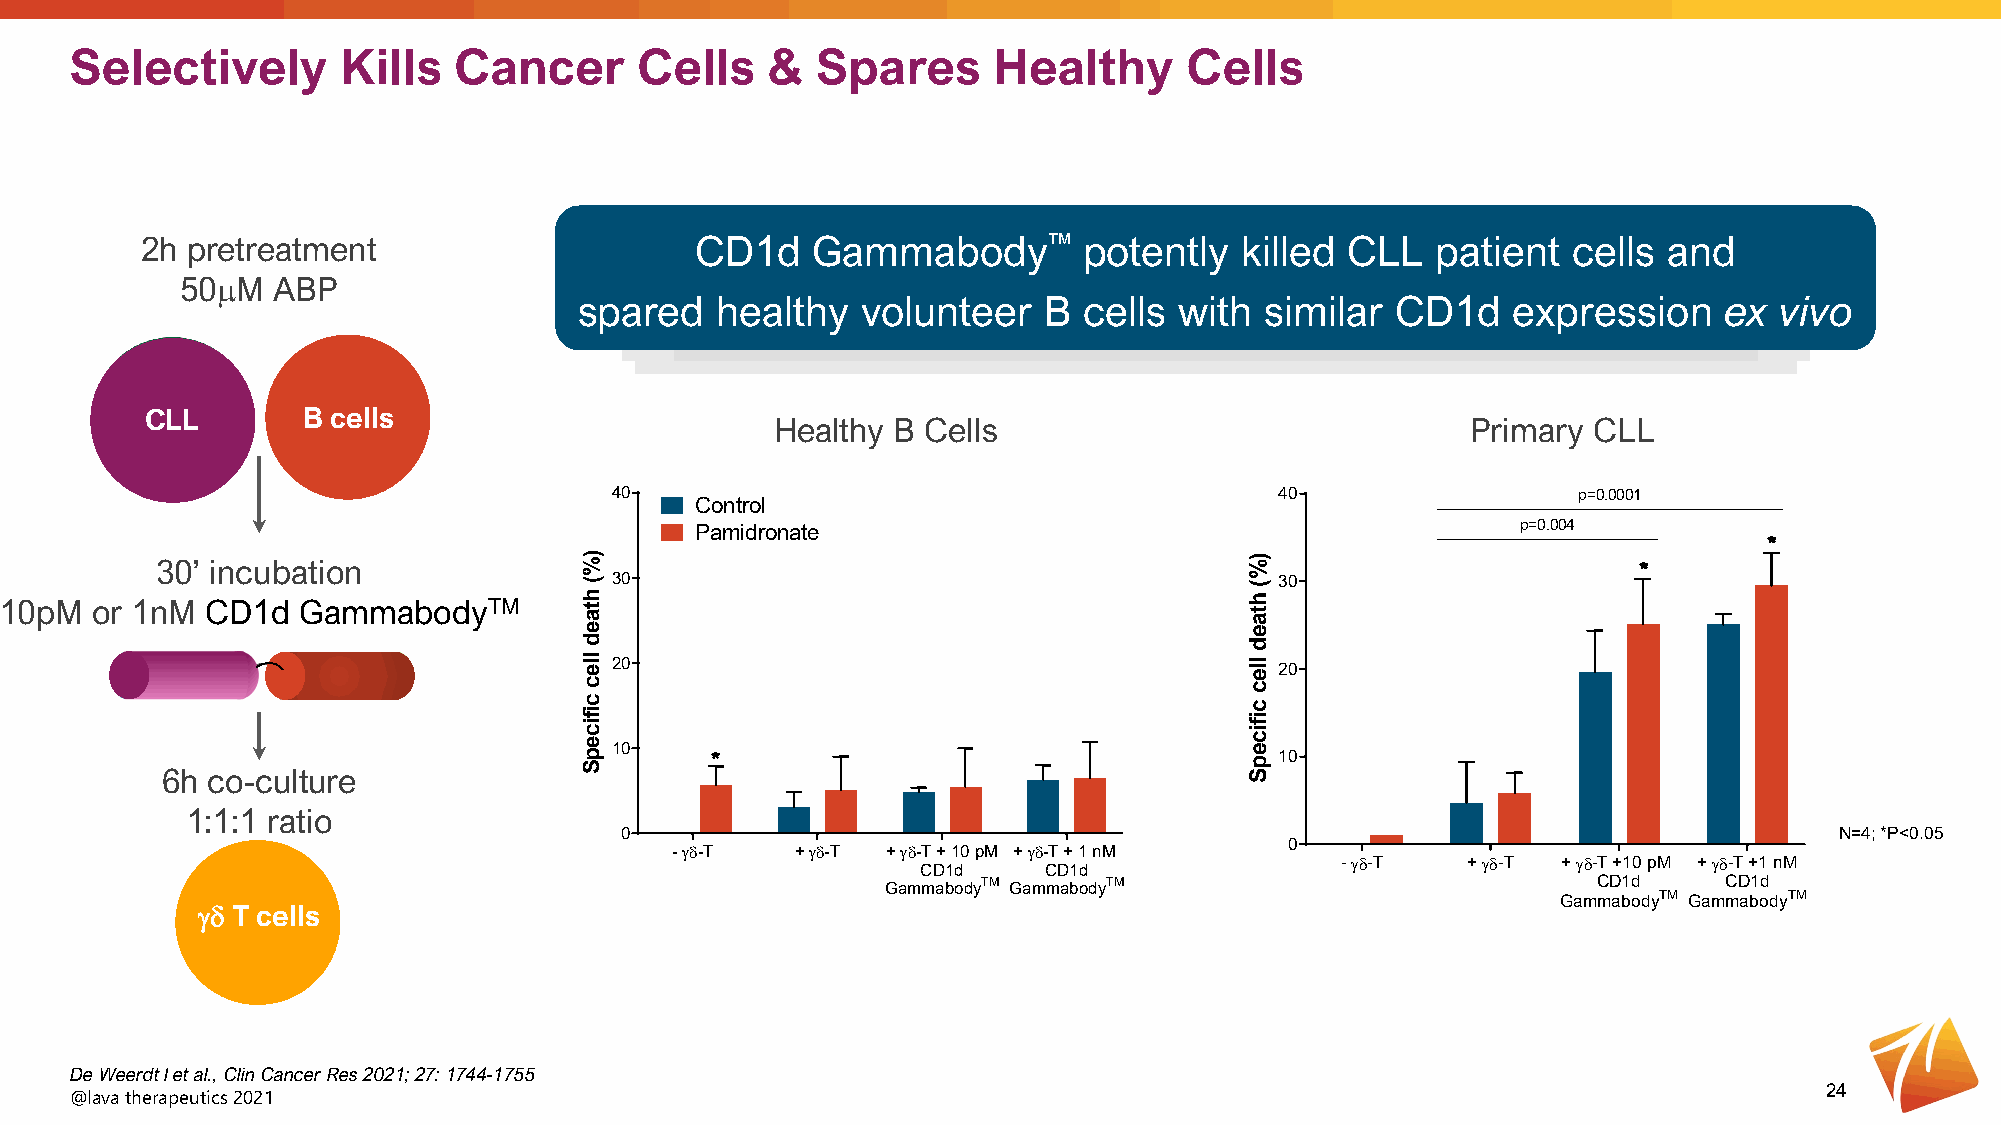
Selectively       Kills  Cancer      Cells    &  Spares      Healthy      Cells
 2h pretreatment                      CD1d    Gammabody™        potently  killed CLL   patient  cells and
 50µM  ABP
 spared   healthy   volunteer   B  cells with  similar CD1d    expression    ex  vivo
 CLL       B cells
 Healthy B Cells                               Primary CLL
 40                                           40                 p=0.0001
 Control
 Pamidronate                                            p=0.004
 30’ incubation
 30                                           30
 10pM  or 1nM  CD1d  GammabodyTM
 20                                           20
 10
 10
 6h co-culture
 1:1:1 ratio
 0                                                                                N=4; *P<0.05
 0
 - γδ-T   + γδ-T + γδ-T + 10 pM + γδ-T + 1 nM
 - γδ-T  + γδ-T + γδ-T +10 pM + γδ-T +1 nM
 CD1d    CD1d
 GammabodyTM GammabodyTM                        CD1d    CD1d
 GammabodyTM GammabodyTM
 γδ T cells
 De WeerdtI et al., Clin Cancer Res 2021; 27: 1744-1755
 24
 @lava therapeutics 2021
 )%(
 htaed
 llec
 cificepS
 )%(
 htaed
 llec
 cificepS